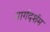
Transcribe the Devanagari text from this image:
मार्गदर्शम